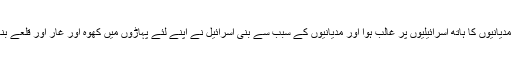
2اور مِدیانیوں کا ہاتھ اِسرائیلِیوں پر غالِب ہُؤا اور مِدیانیوں کے سبب سے بنی اِسرائیل نے اپنے لِئے پہاڑوں میں کھوہ اور غار اور قلعے بنا لِئے۔